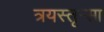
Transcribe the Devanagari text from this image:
त्रयस्तृन्सा